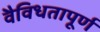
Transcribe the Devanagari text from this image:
वैविधतापूर्ण